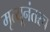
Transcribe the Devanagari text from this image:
मृत्यूनंतरच